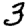
Digit: 3